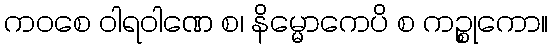
ကဝစေ ဝါရဝါဏေ စ၊ နိမ္မောကေပိ စ ကဉ္စုကော။